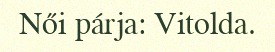
Női párja: Vitolda.